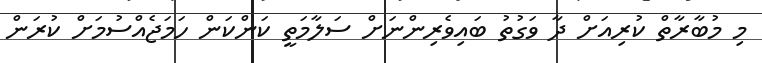
މި މުބާރާތް ކުރިއަށް ދާ ވަގުތު ބައިވެރިންނަށް ސަލާމަތީ ކަންކަން ހަމަޖެއްސުމަށް ކުރަން